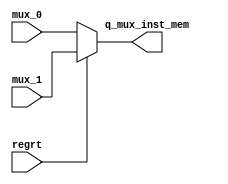
module mux_inst_mem(
    input regrt,
    input[4:0] mux_0,
    input[4:0] mux_1,
    output[4:0] q_mux_inst_mem
    );

    assign q_mux_inst_mem = regrt? mux_1 : mux_0;

endmodule